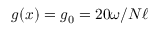
g ( x ) = g _ { 0 } = 2 0 \omega / N \ell